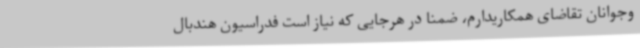
وجوانان تقاضای همکاریدارم، ضمنا در هرجایی که نیاز است فدراسیون هندبال